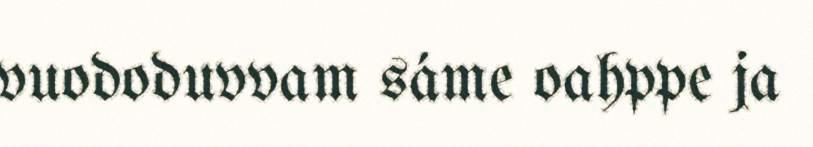
vuododuvvam sáme oahppe ja